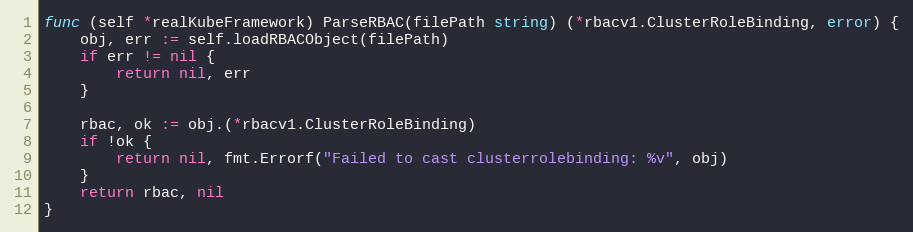
Language: Go
func (self *realKubeFramework) ParseRBAC(filePath string) (*rbacv1.ClusterRoleBinding, error) {
	obj, err := self.loadRBACObject(filePath)
	if err != nil {
		return nil, err
	}

	rbac, ok := obj.(*rbacv1.ClusterRoleBinding)
	if !ok {
		return nil, fmt.Errorf("Failed to cast clusterrolebinding: %v", obj)
	}
	return rbac, nil
}